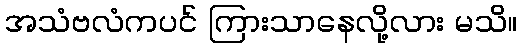
အသံဗလံကပင် ကြားသာနေလို့လား မသိ။